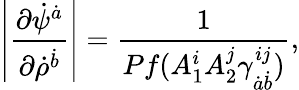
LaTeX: \left|{\frac{\partial\dot{\psi}^{\dot{a}}}{\partial\dot{\rho}^{\dot{b}}}}\right|={\frac{1}{Pf(A_{1}^{i}A_{2}^{j}\gamma_{\dot{a}\dot{b}}^{ij})}},